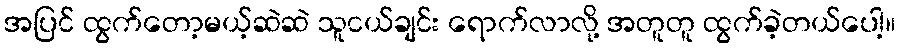
အပြင် ထွက်တော့မယ့်ဆဲဆဲ သူငယ်ချင်း ရောက်လာလို့ အတူတူ ထွက်ခဲ့တယ်ပေါ့။